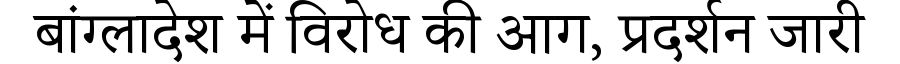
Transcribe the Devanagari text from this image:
बांग्लादेश में विरोध की आग, प्रदर्शन जारी